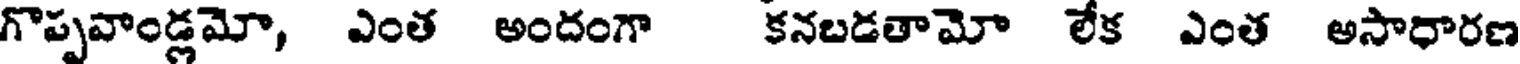
గొప్పవాండ్లమో, ఎంత అందంగా కనబడతామో లేక ఎంత అసాధారణ